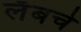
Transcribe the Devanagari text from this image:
लँबचे